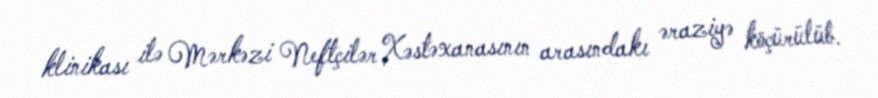
klinikası ilə Mərkəzi Neftçilər Xəstəxanasının arasındakı əraziyə köçürülüb.